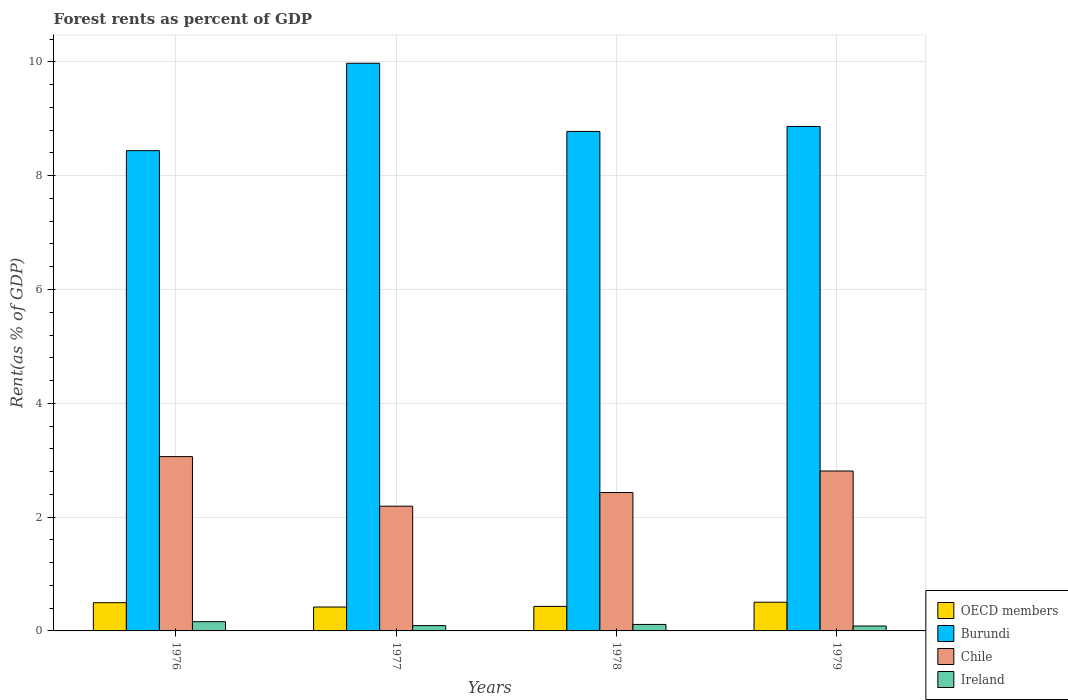
| Years | OECD members | Burundi | Chile | Ireland |
 | --- | --- | --- | --- | --- |
 | 1976 | 0.496 | 8.44 | 3.06 | 0.162 |
 | 1977 | 0.42 | 9.98 | 2.19 | 0.0932 |
 | 1978 | 0.431 | 8.78 | 2.43 | 0.114 |
 | 1979 | 0.505 | 8.86 | 2.81 | 0.0863 |